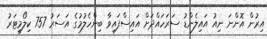
އިރުން އޮންނަ ނިއު އައިލެންޑު ސަރަހައްދަށް އައިސްފައިވާ ބިންހެލުމުގެ އަސަރު 757 ކިލޯމީޓަރު